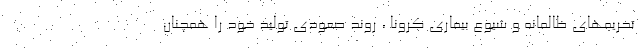
تحریمهای ظالمانه و شیوع بیماری کرونا ، روند صعودی تولید خود را همچنان